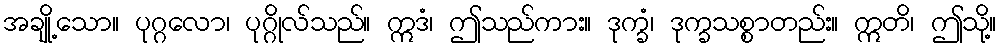
အချို့သော။ ပုဂ္ဂလော၊ ပုဂ္ဂိုလ်သည်။ ဣဒံ၊ ဤသည်ကား။ ဒုက္ခံ၊ ဒုက္ခသစ္စာတည်း။ ဣတိ၊ ဤသို့။